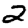
Digit: 2